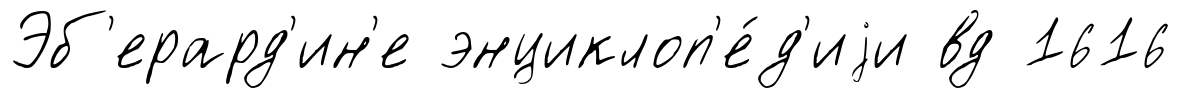
Эб'ерард'ин'е энциклоп'е́д'иjи вд 1616